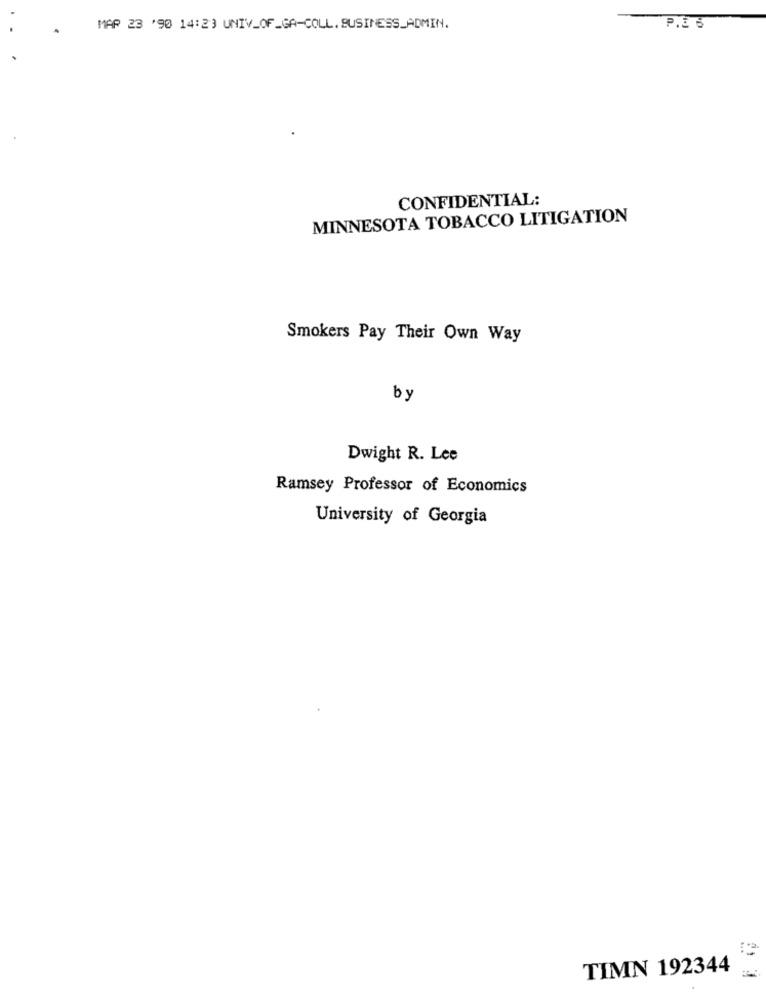
MAP 23 '90 14:23 UNIV_OF_GA-COLL.BUSINESS_ADMIN.
P.ES
CONFIDENTIAL:
MINNESOTA TOBACCO LITIGATION
Smokers Pay Their Own Way
by
Dwight R. Lee
Ramsey Professor of Economics
University of Georgia
TIMN 192344